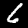
Digit: 6